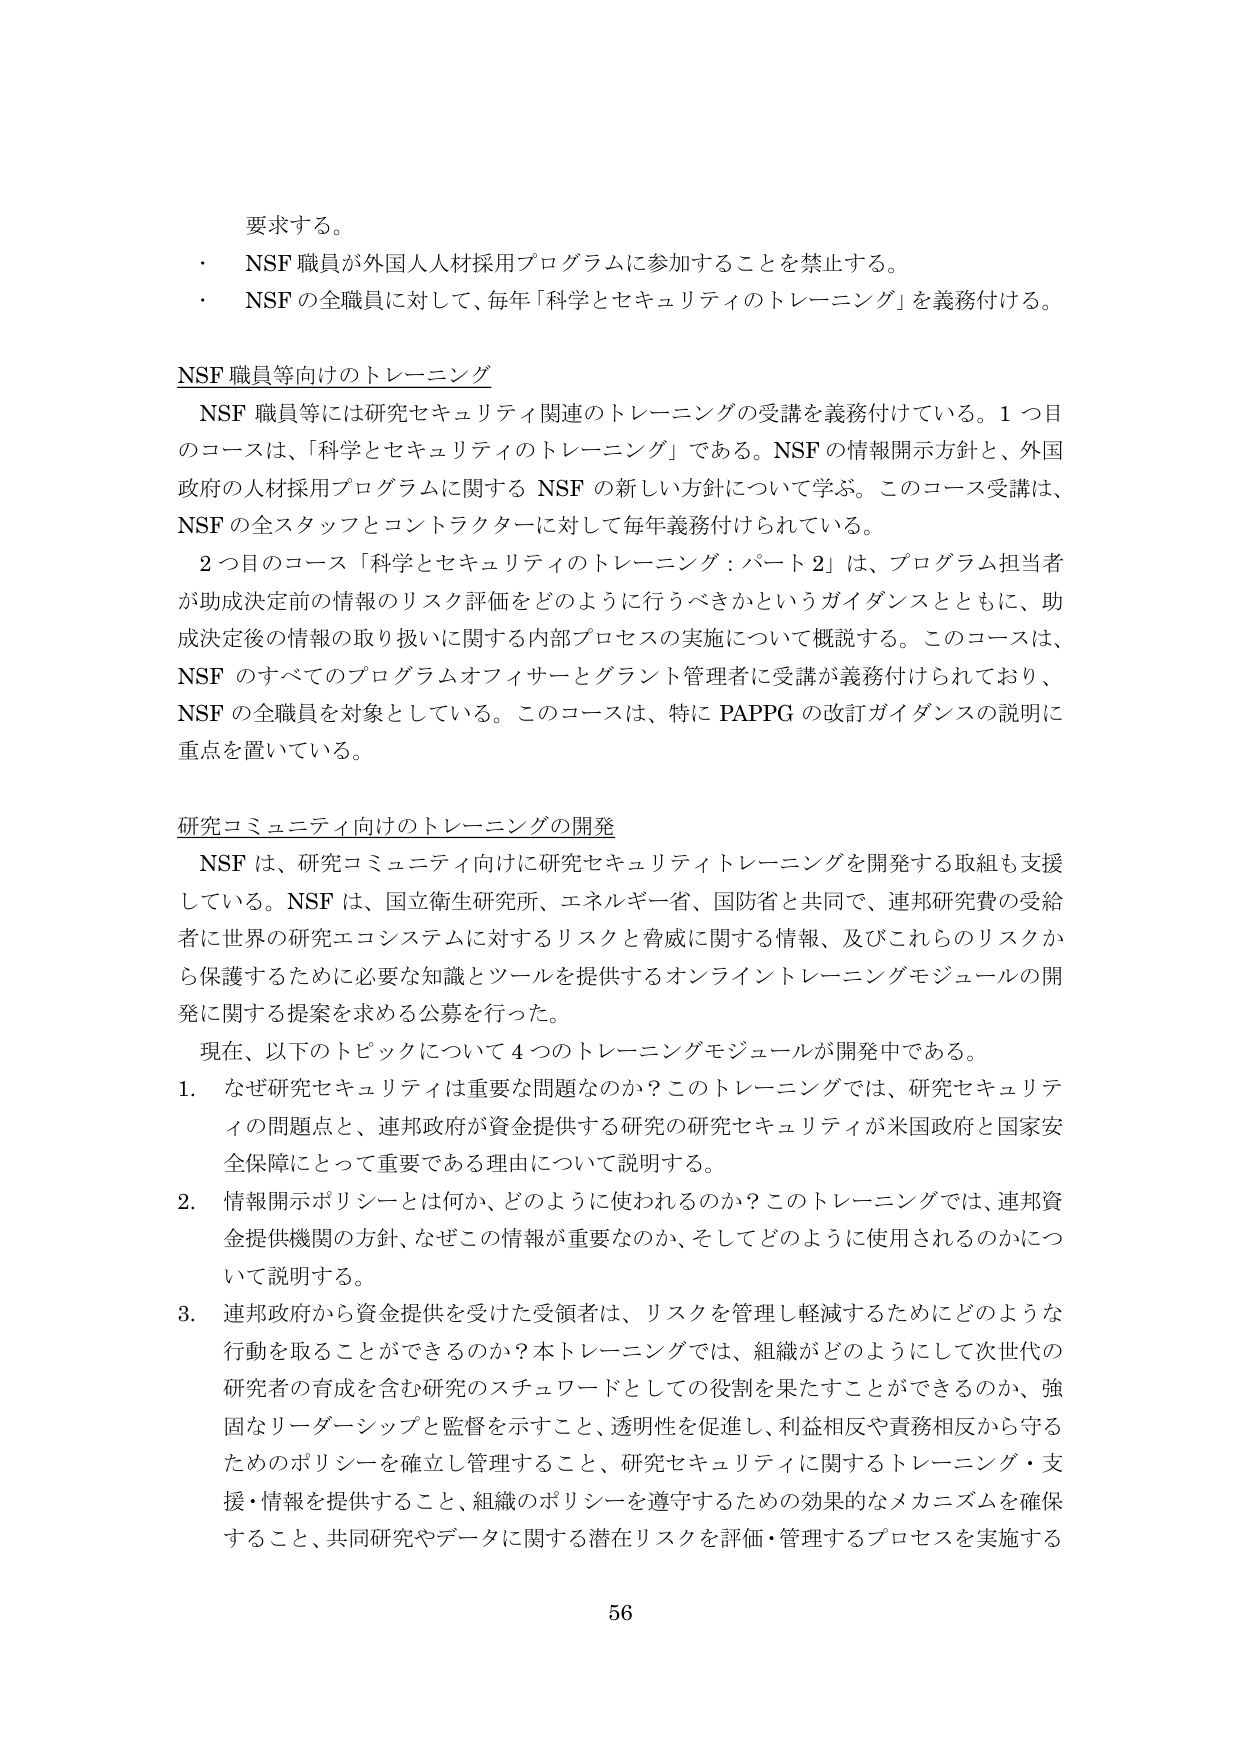
要求する。
・ NSF 職員が外国人人材採用プログラムに参加することを禁止する。
・ NSF の全職員に対して、毎年「科学とセキュリティのトレーニング」を義務付ける。

NSF 職員等向けのトレーニング
NSF 職員等には研究セキュリティ関連のトレーニングの受講を義務付けている。1 つ目のコースは、「科学とセキュリティのトレーニング」である。NSF の情報開示方針と、外国政府の人材採用プログラムに関する NSF の新しい方針について学ぶ。このコース受講は、NSF の全スタッフとコントラクターに対して毎年義務付けられている。
2 つ目のコース「科学とセキュリティのトレーニング：パート 2」は、プログラム担当者が助成決定前の情報のリスク評価をどのように行うべきかというガイダンスとともに、助成決定後の情報の取り扱いに関する内部プロセスの実施について概説する。このコースは、NSF のすべてのプログラムオフィサーとグラント管理者に受講が義務付けられており、NSF の全職員を対象としている。このコースは、特に PAPPG の改訂ガイダンスの説明に重点を置いている。

研究コミュニティ向けのトレーニングの開発
NSF は、研究コミュニティ向けに研究セキュリティトレーニングを開発する取組も支援している。NSF は、国立衛生研究所、エネルギー省、国防省と共同で、連邦研究費の受給者に世界の研究エコシステムに対するリスクと脅威に関する情報、及びこれらのリスクから保護するために必要な知識とツールを提供するオンライントレーニングモジュールの開発に関する提案を求める公募を行った。
現在、以下のトピックについて 4 つのトレーニングモジュールが開発中である。
1. なぜ研究セキュリティは重要な問題なのか？このトレーニングでは、研究セキュリティの問題点と、連邦政府が資金提供する研究の研究セキュリティが米国政府と国家安全保障にとって重要である理由について説明する。
2. 情報開示ポリシーとは何か、どのように使われるのか？このトレーニングでは、連邦資金提供機関の方針、なぜこの情報が重要なのか、そしてどのように使用されるのかについて説明する。
3. 連邦政府から資金提供を受けた受領者は、リスクを管理し軽減するためにどのような行動を取ることができるのか？本トレーニングでは、組織がどのようにして次世代の研究者の育成を含む研究のスチュワードとしての役割を果たすことができるのか、強固なリーダーシップと監督を示すこと、透明性を促進し、利益相反や責務相反から守るためのポリシーを確立し管理すること、研究セキュリティに関するトレーニング・支援・情報を提供すること、組織のポリシーを遵守するための効果的なメカニズムを確保すること、共同研究やデータに関する潜在リスクを評価・管理するプロセスを実施する

56